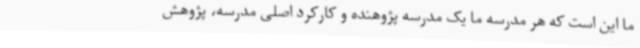
ما این است که هر مدرسه ما یک مدرسه پژوهنده و کارکرد اصلی مدرسه، پژوهش